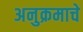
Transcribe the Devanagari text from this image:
अनुक्रमाचे